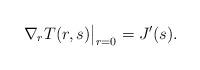
LaTeX: \begin{align*}\nabla_r T(r,s)\big|_{r=0} = J'(s). \end{align*}